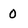
Character: 0